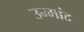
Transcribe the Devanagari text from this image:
उन्मांद